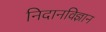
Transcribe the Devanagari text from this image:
निदानविज्ञान